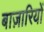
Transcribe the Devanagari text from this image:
बाज़ारियों